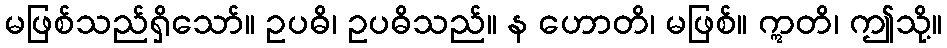
မဖြစ်သည်ရှိသော်။ ဥပဓိ၊ ဥပဓိသည်။ န ဟောတိ၊ မဖြစ်။ ဣတိ၊ ဤသို့။